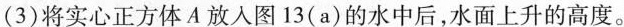
(3)将实心正方体A放入图13(a)的水中后，水面上升的高度。